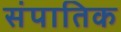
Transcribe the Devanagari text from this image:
संपातिक